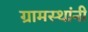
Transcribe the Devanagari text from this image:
ग्रामस्‍थांनी